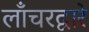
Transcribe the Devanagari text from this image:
लाँचरद्वारे